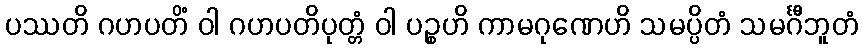
ပဿတိ ဂဟပတိံ ဝါ ဂဟပတိပုတ္တံ ဝါ ပဉ္စဟိ ကာမဂုဏေဟိ သမပ္ပိတံ သမင်္ဂီဘူတံ